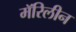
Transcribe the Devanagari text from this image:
मॅरिलीन